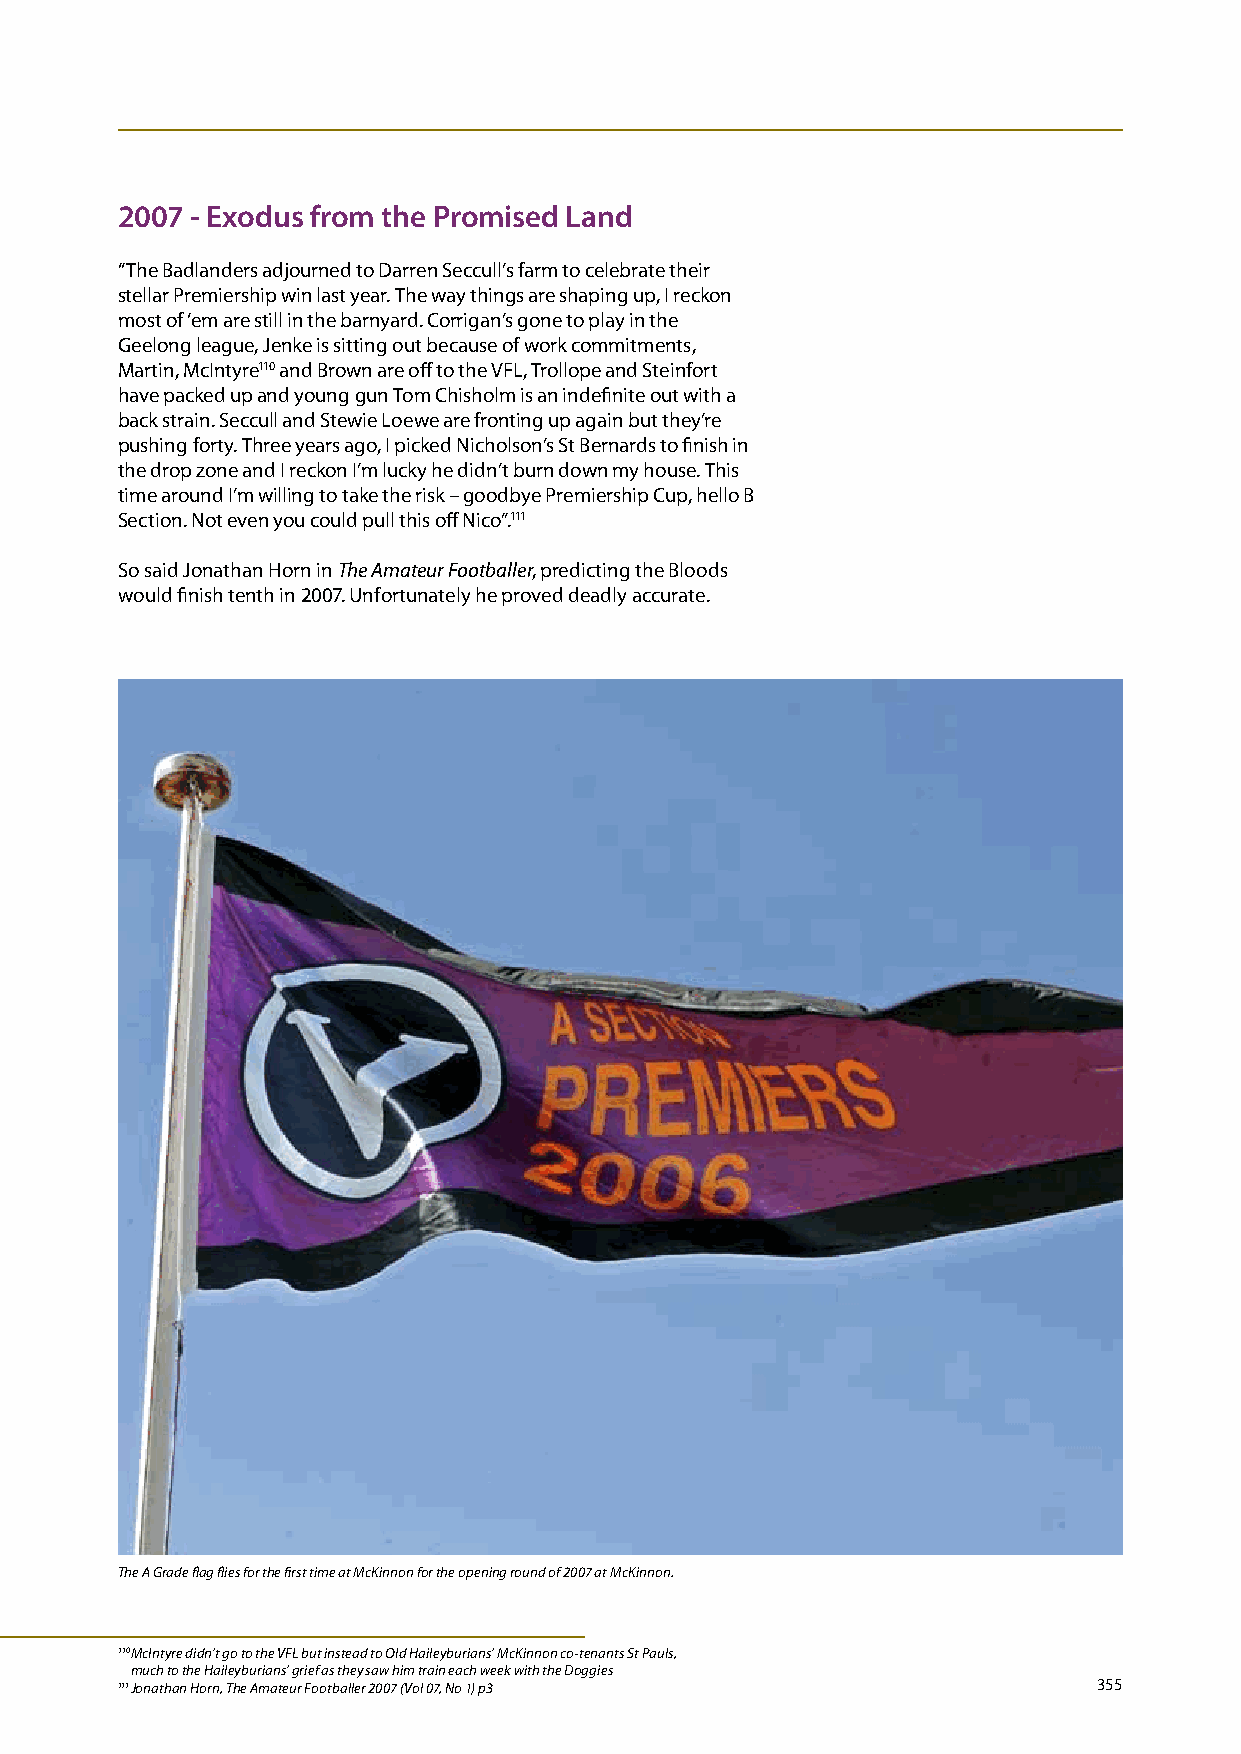
2007 - Exodus from the Promised Land
 “The Badlanders adjourned to Darren Seccull’s farm to celebrate their
 stellar Premiership win last year. The way things are shaping up, I reckon
 most of ‘em are still in the barnyard. Corrigan’s gone to play in the
 Geelong league, Jenke is sitting out because of work commitments,
 Martin, McIntyre110 and Brown are off to the VFL, Trollope and Steinfort
 have packed up and young gun Tom Chisholm is an indefinite out with a
 back strain. Seccull and Stewie Loewe are fronting up again but they’re
 pushing forty. Three years ago, I picked Nicholson’s St Bernards to finish in
 the drop zone and I reckon I’m lucky he didn’t burn down my house. This
 time around I’m willing to take the risk – goodbye Premiership Cup, hello B
 Section. Not even you could pull this off Nico”.111
 So said Jonathan Horn in The Amateur Footballer, predicting the Bloods
 would finish tenth in 2007. Unfortunately he proved deadly accurate.
 The A Grade flag flies for the first time at McKinnon for the opening round of 2007 at McKinnon.
 110 M cIntyre didn’t go to the VFL but instead to Old Haileyburians’ McKinnon co-tenants St Pauls,
 much to the Haileyburians’ grief as they saw him train each week with the Doggies
 111 Jonathan Horn, The Amateur Footballer 2007 (Vol 07, No 1) p3 355